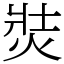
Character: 焋